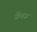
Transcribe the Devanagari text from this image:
फ्रेंचज